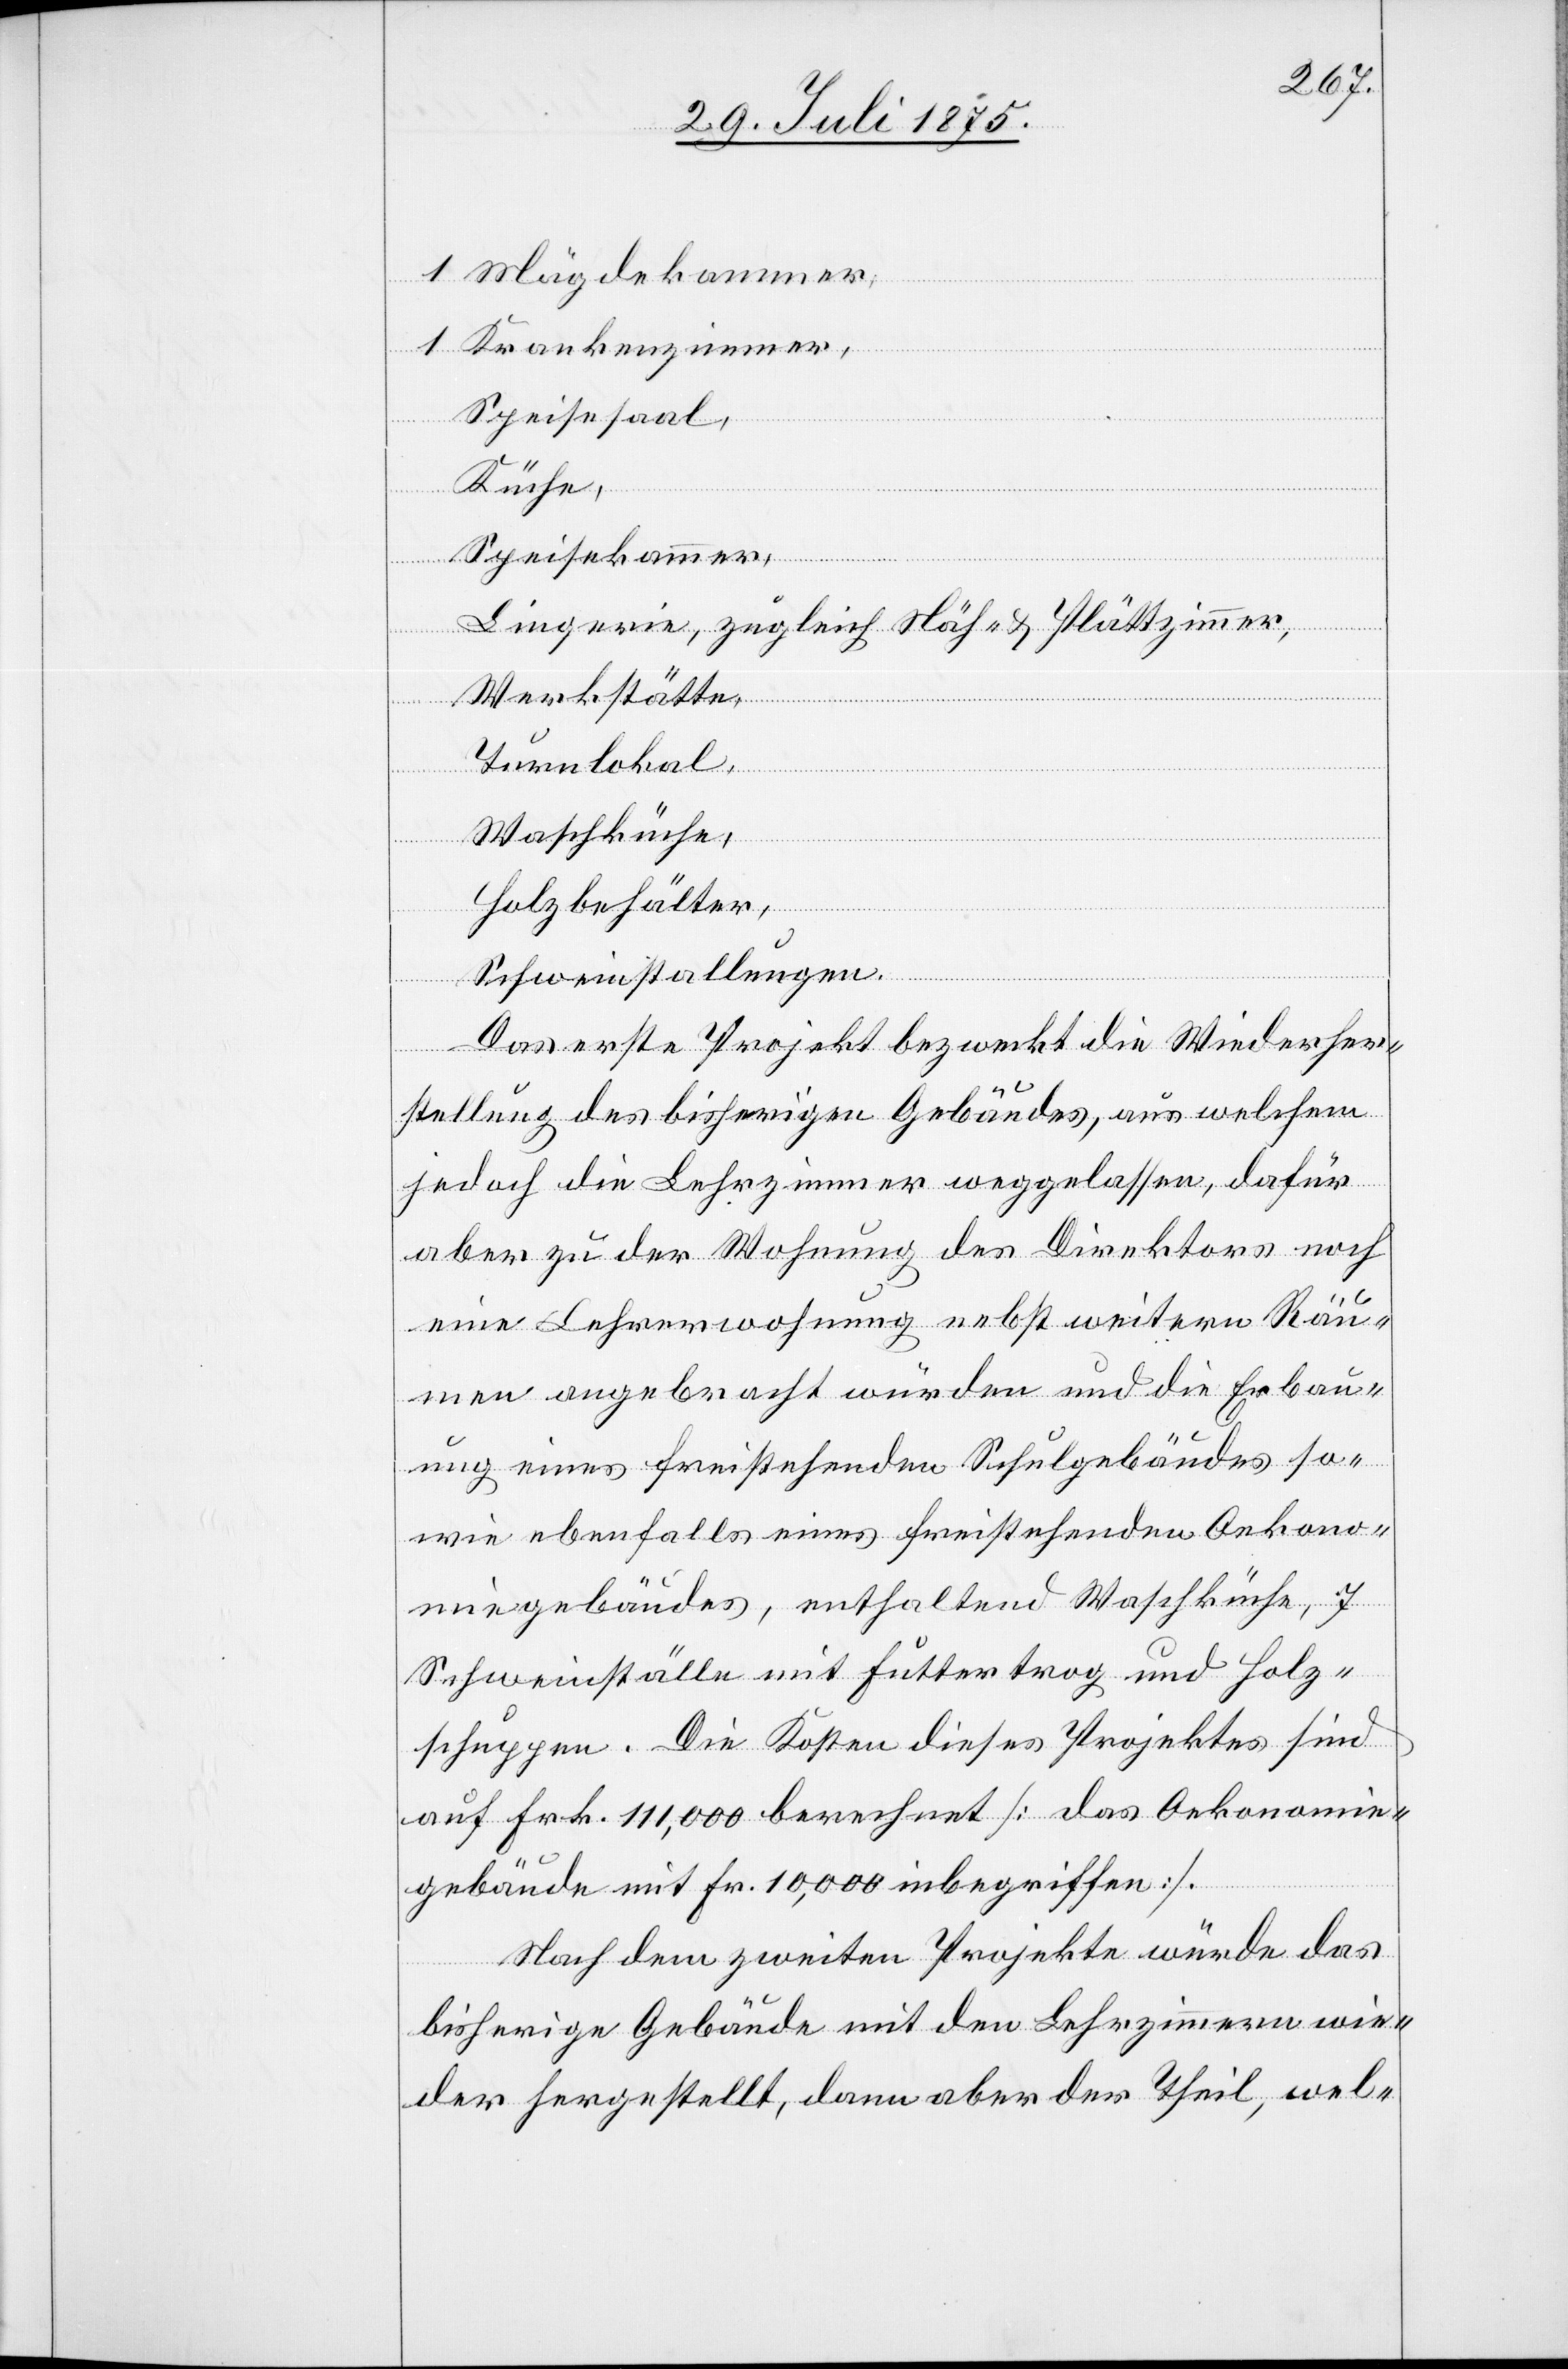
Mägdekammer,
Krankenzimmer,
Speisesaal,
Küche,
Speisekammer,
Lingerie, zugleich Näh & Plättzimmer,
Werkstätte,
Turnlokal,
Waschküche,
Holzbehälter,
Schweinstallungen.
Das erste Projekt bezweckt die Wiederher¬
stellung des bisherigen Gebäudes, aus welchem
jedoch die Lehrzimmer weggelassen, dafür
aber zu der Wohnung des Direktors noch
eine Lehrerwohnung nebst weitern Räu¬
men angebracht würden und die Erbau¬
ung eines freistehenden Schulgebäudes so¬
wie ebenfalls eines freistehenden Oekono¬
miegebäudes, enthaltend Waschküche, 7
Schweinställe mit Futtertrog und Holz¬
schuppen. Die Kosten dieses Projektes sind
auf Frk. 111,000 berechnet [das Oekonomie¬
gebäude mit Fr. 10,000 inbegriffen].
Nach dem zweiten Projekte würde das
bisherige Gebäude mit den Lehrzimmern wie¬
der hergestellt, dann aber der Theil, wel-